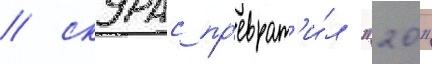
/ скурас пр'еврат'и́л "20"